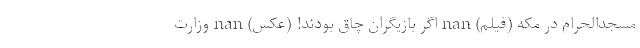
مسجدالحرام در مکه (فیلم) nan اگر بازیگران چاق بودند! (عکس) nan وزارت